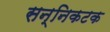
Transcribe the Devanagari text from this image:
सन्निकटक